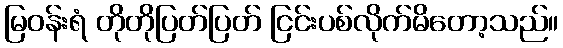
မြဝန်းရံ တိုတိုပြတ်ပြတ် ငြင်းပစ်လိုက်မိတော့သည်။